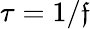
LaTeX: \tau=1/\mathfrak{f}